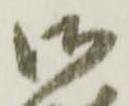
御